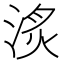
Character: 𣶋